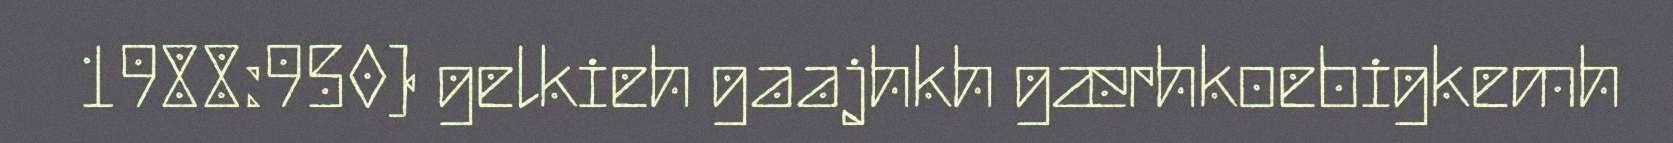
1988:950) gelkieh gaajhkh gærhkoebigkemh